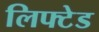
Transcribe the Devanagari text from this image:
लिफ्टेड